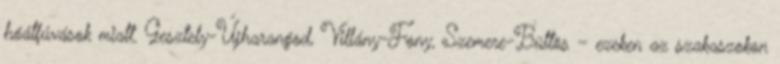
hóátfúvások miatt. Gesztely-Újharangod, Villány-Fony, Szemere-Büttös – ezeken az szakaszokon